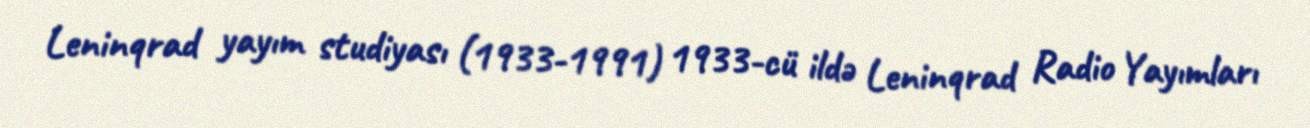
Leninqrad yayım studiyası (1933-1991) 1933-cü ildə Leninqrad Radio Yayımları